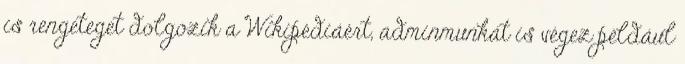
is rengeteget dolgozik a Wikipédiáért, adminmunkát is végez például